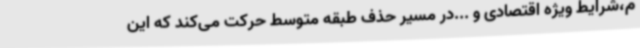
م،شرایط ویژه اقتصادی و ...در مسیر حذف طبقه متوسط حرکت می‌کند که این